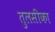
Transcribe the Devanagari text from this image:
तुलसीका